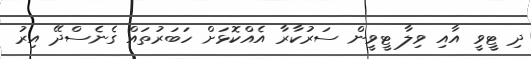
ދި ޓީވީ އާއި ވިލާ ޓީވީން ސަރުކާރާ އެއްކޮޅަށް ހަބަރުތައް ގެނެސްދޭ އިރު